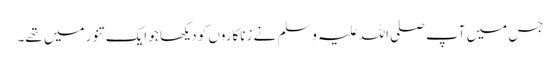
جس میں آپ صلی اللہ علیہ وسلم نے زناکاروں کو دیکھا جو ایک تنور میں تھے۔